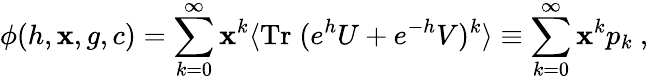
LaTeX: \phi(h,\mathbf{x},g,c)=\sum_{k=0}^{\infty}\mathbf{x}^{k}\langle\mathrm{{Tr}}\; (e^{h}U+e^{-h}V)^{k}\rangle\equiv\sum_{k=0}^{\infty}\mathbf{x}^{k}p_{k}\ ,